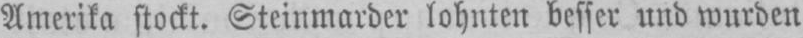
Amerika stockt. Steinmarder lohnten besser und wurden